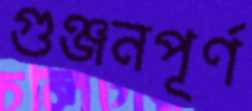
গুঞ্জনপূর্ণ